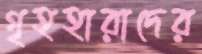
গৃহহারাদের